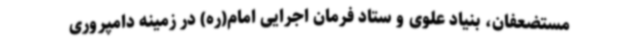
مستضعفان، بنیاد علوی و ستاد فرمان اجرایی امام(ره) در زمینه دامپروری